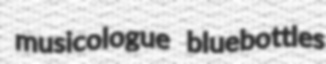
musicologue bluebottles